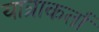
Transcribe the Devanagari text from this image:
यात्राकर्ता